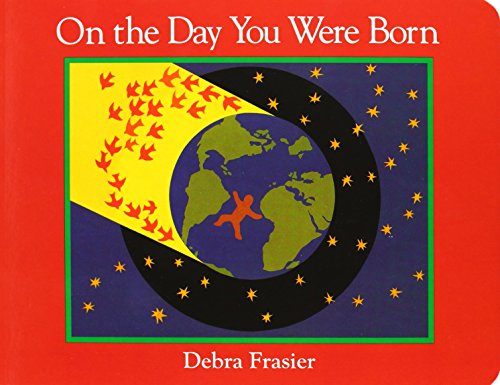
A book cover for On the Day You Were Born; Debra Frasier; Children's Books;